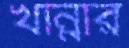
খান্নার